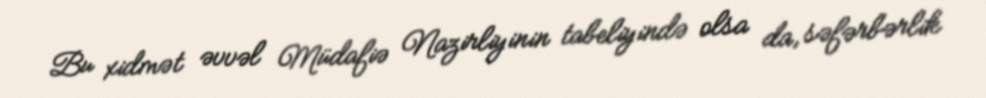
Bu xidmət əvvəl Müdafiə Nazirliyinin tabeliyində olsa da, səfərbərlik